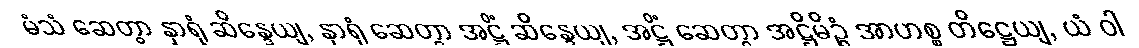
မံသံ ဆေတွာ နှာရုံ ဆိန္ဒေယျ, နှာရုံ ဆေတွာ အဋ္ဌိံ ဆိန္ဒေယျ, အဋ္ဌိံ ဆေတွာ အဋ္ဌိမိဉ္ဇံ အာဟစ္စ တိဋ္ဌေယျ, ယံ ဝါ